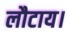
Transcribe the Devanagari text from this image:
लौटाय।